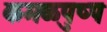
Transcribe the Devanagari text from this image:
कमळपुष्प